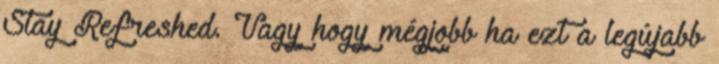
Stay Refreshed. Vagy hogy mégjobb ha ezt a legújabb